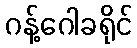
ဂန့်ဂေါခရိုင်